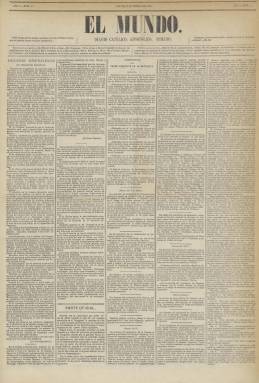
Título: El Mundo (Madrid. 1874)
Colección: Periódicos || Carlismo
Ámbito geográfico: Madrid
Lugar de publicación: Madrid
Fechas: 08/01/1874-06/03/1874

Tras el golpe de Estado del general Manuel Pavía, el tres de enero de 1874, que disuelve el parlamento español, el nuevo ministro de la Gobernación, Eugenio García Ruiz, dictará al día siguiente la circular por la que quedaban suprimidos en bloque todos los periódicos cantonales y carlistas, como fue el caso de La Esperanza (1844) y El Pensamiento español (1860). Los responsables de éste último, que había estado dirigido por Francisco Navarro Villoslada (1818-1895), sin embargo, buscaron la estratagema de publicar, a partir del ocho de enero, otro diario con el título El Mundo, y lo hicieron bajo el mismo subtítulo –“diario católico, apostólico y romano–, estampado en la misma imprenta –la de don Roque Labajos– y con idéntica estructura formal.

Son entregas de cuatro páginas, compuestas a cinco columnas, con secciones como Parte oficial, con la reproducción de la normativa publicada en la Gaceta de Madrid; Cortes constituyentes, Bolsa, Noticias generales, Despachos telegráficos, Variedades o Parte religiosa (santoral y cultos), reproduciendo noticias procedentes de la prensa tanto española como extranjera. El faldón de la última plana la dedica a anuncios, que son prácticamente los mismos que venía insertando El Pensamiento español.

La misma circular obligaba a los periódicos no dar más información sobre la guerra carlista que la oficial procedente de la Gaceta de Madrid, y esto es lo que hará también El Mundo. Aunque su primer editorial será una crónica de los sucesos de Madrid en los primeros días de 1874, tras la que había nacido “una nueva situación política” –dirá–, los demás artículos de fondo estarán dedicados más a asuntos internacionales, entre estos a los católicos, pero también publicará la serie sobre Los cantonales pintados por sí mismos y otra bajo el epígrafe Los socialistas.

Con secuencia propia, apenas tuvo tres meses de vida, pues el último número de la colección de este diario neocatólico corresponde al seis de marzo de ese mismo año 1874, coincidiendo con un recrudecimiento de la guerra civil carlista. Este mismo día desparecerá también el diario Las Circunstancias, que había aparecido igualmente en enero en sustitución de La Esperanza, el decano del tradicionalismo carlista español.